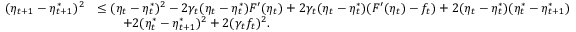
\begin{array} { r l } { ( \eta _ { t + 1 } - \eta _ { t + 1 } ^ { * } ) ^ { 2 } } & { \leq ( \eta _ { t } - \eta _ { t } ^ { * } ) ^ { 2 } - 2 \gamma _ { t } ( \eta _ { t } - \eta _ { t } ^ { * } ) F ^ { \prime } ( \eta _ { t } ) + 2 \gamma _ { t } ( \eta _ { t } - \eta _ { t } ^ { * } ) ( F ^ { \prime } ( \eta _ { t } ) - f _ { t } ) + 2 ( \eta _ { t } - \eta _ { t } ^ { * } ) ( \eta _ { t } ^ { * } - \eta _ { t + 1 } ^ { * } ) } \\ & { \qquad + 2 ( \eta _ { t } ^ { * } - \eta _ { t + 1 } ^ { * } ) ^ { 2 } + 2 ( \gamma _ { t } f _ { t } ) ^ { 2 } . } \end{array}